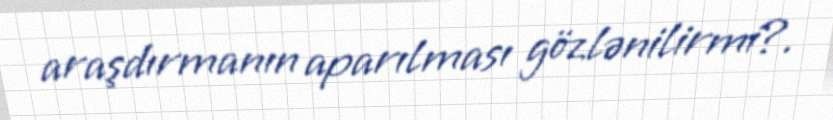
araşdırmanın aparılması gözlənilirmi?.